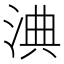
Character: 淟